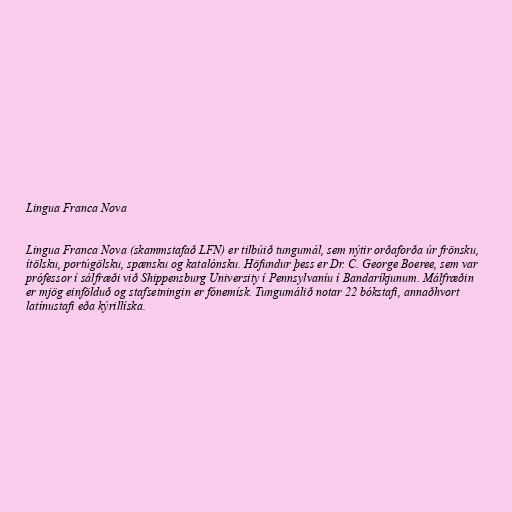
Lingua Franca Nova

Lingua Franca Nova (skammstafað LFN) er tilbúið tungumál, sem nýtir orðaforða úr frönsku,
ítölsku, portúgölsku, spænsku og katalónsku. Höfundur þess er Dr. C. George Boeree, sem var
prófessor í sálfræði við Shippensburg University í Pennsylvaníu í Bandaríkjunum. Málfræðin
er mjög einfölduð og stafsetningin er fónemísk. Tungumálið notar 22 bókstafi, annaðhvort
latínustafi eða kýrillíska.